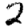
Digit: 2